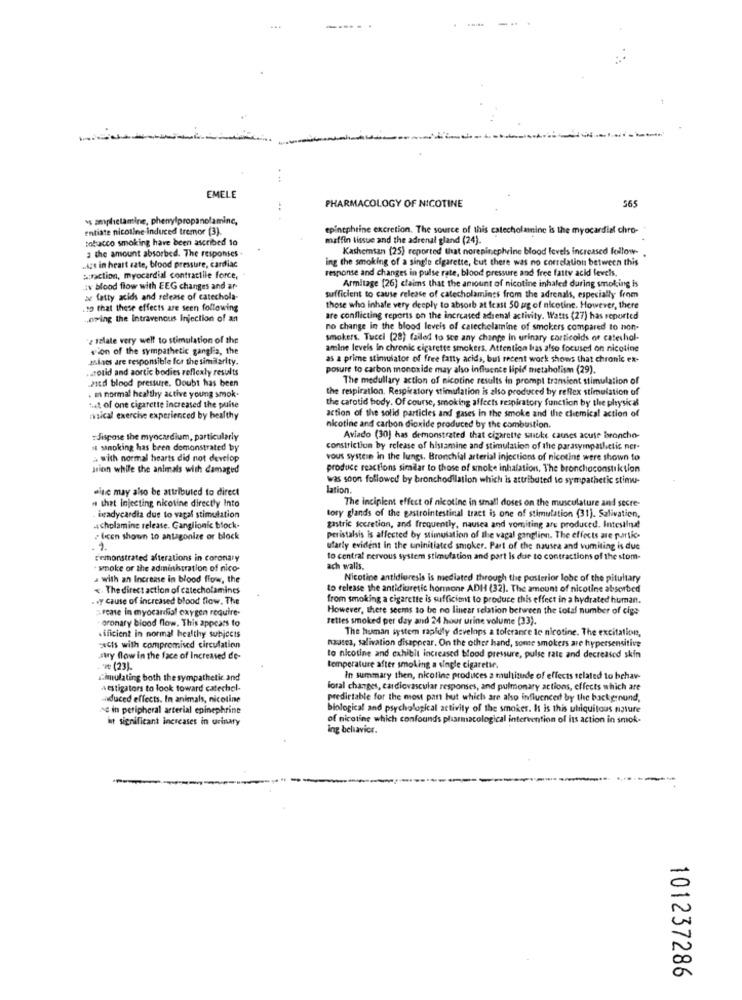
...
---..
1
EMELE
565
PHARMACOLOGY OF NICOTINE
's amphetamine, phenylpropanolamine,
entiate nicotine induced tremor (3).
epinephrine excretion. The source of this catecholamine is the myocardial chro-
tobacco smoking have been ascribed 10
maffin tissue and the adrenal gland (24).
the amount absorbed. The responses
Kashemsan (25) reported that norepinephrine blood levels increased follow- .
ing the smoking of a single cigarette, but there was no correlation between this
usgs in heart rate, blood pressure, cardiac
response and changes in pulse rate, blood pressure and free fatty acid levels.
a:raction, myocardial contractile force,
:v blood flow with EEG changes and ar-
Armitage [26) claims that the amount of nicotine inhaled during smoking is
a fatty acids and release of catechola-
sufficient to cause release of catecholamings from the adrenals, especially from
15 that these effects are seen following
those who inhale very deeply to absorb at least 50 ug of nicotine. However, there
.oming the Intravenous Injection of an
are conflicting reports on the increased adrenal activity. Watts (27) has reported
no change in the blood levels of calechelamine of smokers compared to non-
"& salate very well to stimulation of the
smokers. Tucci (28) failed to see any change in urinary corticolds or cateshol-
son of the sympathetic ganglia, the
amine levels in chronic cigarette smokers. Attention las also focused on nicotine
alses are responsible for the similarity.
as a prime stimulator of free fatty acids, bui recent work shows that chronic ex-
.stotid and aortic bodies reflexty results
posure to carbon monoxide may also influence lipid metabolism (29).
Mitd blood pressure. Doubt has been
The medullary action of nicotine results in prompt transient stimulation of
the respiration. Respiratory stimulation is also produced by reflex stimulation of
. m normal healthy active young smok-
the carotid body. Of course, smoking affects respiratory function by the physical
set of one cigarette increased the puise
musical exercise experienced by healthy
action of the solid particles and gases in the smoke and the chemical action of
nicotine and carbon dioxide produced by the combustion.
Jispose the myocardium, particularly
Aviado (30) has demonstrated that cigarette santike causes acute broncho-
" sinoking has been demonstrated by
constriction by release of histamine and stimulation of the parasympathetic ner-
with normal hearts did not develop
vous system in the lungs. Bronchial arterial injections of nicotine were shown to
sion while the animals with damaged
produce reactions similar to those of smoke inhalation, The bronchoconstiktion
was soon followed by bronchodilation which is attributed to sympathetic stimu-
wine may also be attributed to direct
lation.
. that injecting nicotine directly Into
The incipient effect of nicotine in small doses on the musculature and secre-
. ivadycardia due to vagal stimulation
tory glands of the gastrointestinal tract is one of stimulation (31). Salivation,
acholamine release. Ganglionic block-
gastric secretion, and frequently, nausea and vomiting are produced. Intesalna!
, licen shown to antagonize or block
peristalsis is affected by stimulation of the vagal ganglion. The effects are purtic.
ufarly evident in the uninitiated smoker. Part of the nausea and vomiting is due
remonstrated afterations in coronary
to central nervous system stimulation and part is due to contractions of the stom-
snoke or the administration of nico-
ach walls.
a with an Increase in blood flow, the
Nicotine antidiuresis is mediated through the posterior lobe of the pituitary
< The direct action of catecholamines
to release the antidiuretic hormone ADH (32). The amount of nicotine absorbed
. . y cause of increased blood flow. The
from smoking a cigarette is sufficient to produce this effect in a hydrated human.
Grease in myocardial oxygen require-
However, there seems to be no linear relation between the total number of cige
oronary blood flow. This appears to
tettes smoked per day and 24 hour urine volume (33).
The human system rapidly develops a tolerance le nicotine. The excitation,
«fficient in normal healthy subjects
nausea, salivation disappear. On the other hand, some smokers are hypersensitive
sects with compromised circulation
awy flow in the face of Increased de-
to nicotine and exhibit increased blood pressure, pulse rate and decreased skin
. * # (23).
temperature after smoking a single cigarettr.
:imulating both the sympathetic.and
In summary then, nicoline produces a multitude of effects related to behav-
westigators to look toward catechol-
loral changes, cardiovascular responses, and pulmonary actions, effects which are
induced effects. In animals, nicotine
predictable for the most pan but which are also influenced by the background,
AG in peripheral arterial epinephrine
biological and psychological activity of the smoker. It is this ubiquitous nature
it significant increases in urinary
of nicotine which confounds pharmacological intervention of Its action in smok-
ing behavior.
101237286